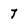
Character: 7